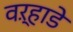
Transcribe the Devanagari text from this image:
वऱ्हाडे